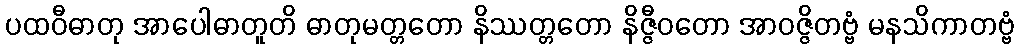
ပထဝီဓာတု အာပေါဓာတူတိ ဓာတုမတ္တတော နိဿတ္တတော နိဇ္ဇီဝတော အာဝဇ္ဇိတဗ္ဗံ မနသိကာတဗ္ဗံ